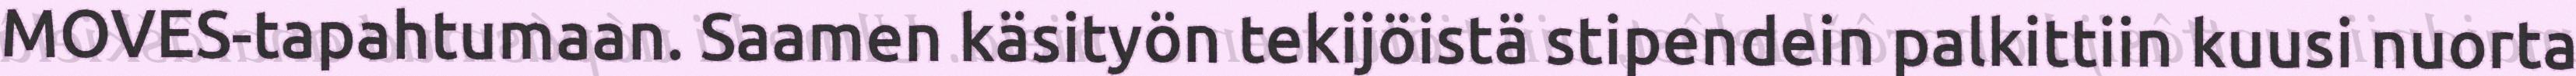
MOVES-tapahtumaan. Saamen käsityön tekijöistä stipendein palkittiin kuusi nuorta